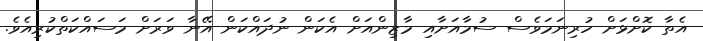
އެތާ ކޮށްޅަށް ހުރިނަމަވެސް ސުމާއަށާއި މާޒިންއަށް އެކަން ނުދައްކަން އޭނާ ވަރަށް މަސައްކަތްކުރިއެވެ.